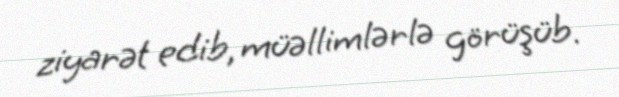
ziyarət edib, müəllimlərlə görüşüb.